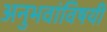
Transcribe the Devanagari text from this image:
अनुभवांविषयी